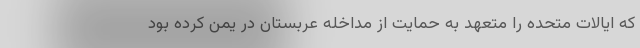
که ایالات متحده را متعهد به حمایت از مداخله عربستان در یمن کرده بود